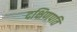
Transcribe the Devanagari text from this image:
दक्षिणपति